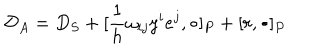
{ \cal { D } } _ { A } = D _ { S } + [ \frac { 1 } { h } \omega _ { i j } y ^ { i } e ^ { j } , \bullet ] _ { P } + [ r , \bullet ] _ { P }